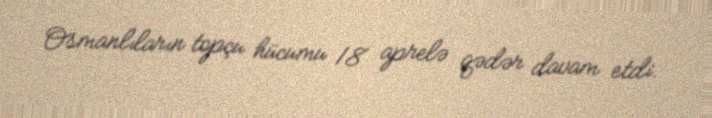
Osmanlıların topçu hücumu 18 aprelə qədər davam etdi.